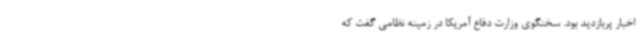
اخبار پربازدید بود. سخنگوی وزارت دفاع آمریکا در زمینه نظامی گفت که